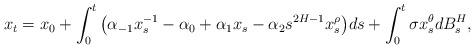
LaTeX: \begin{align*}x_t=x_0+\int_0^t\big(\alpha_{-1}x^{-1}_s-\alpha_0+\alpha_1x_s-\alpha_2s^{2H-1}x_s^{\rho}\big)ds+\int_0^t\sigma x_s^{\theta}dB_s^H,\end{align*}